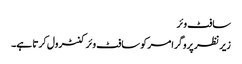
سافٹ وئر
زیر نظر پروگرامر کو سافٹ وئر کنٹرول کرتا ہے۔